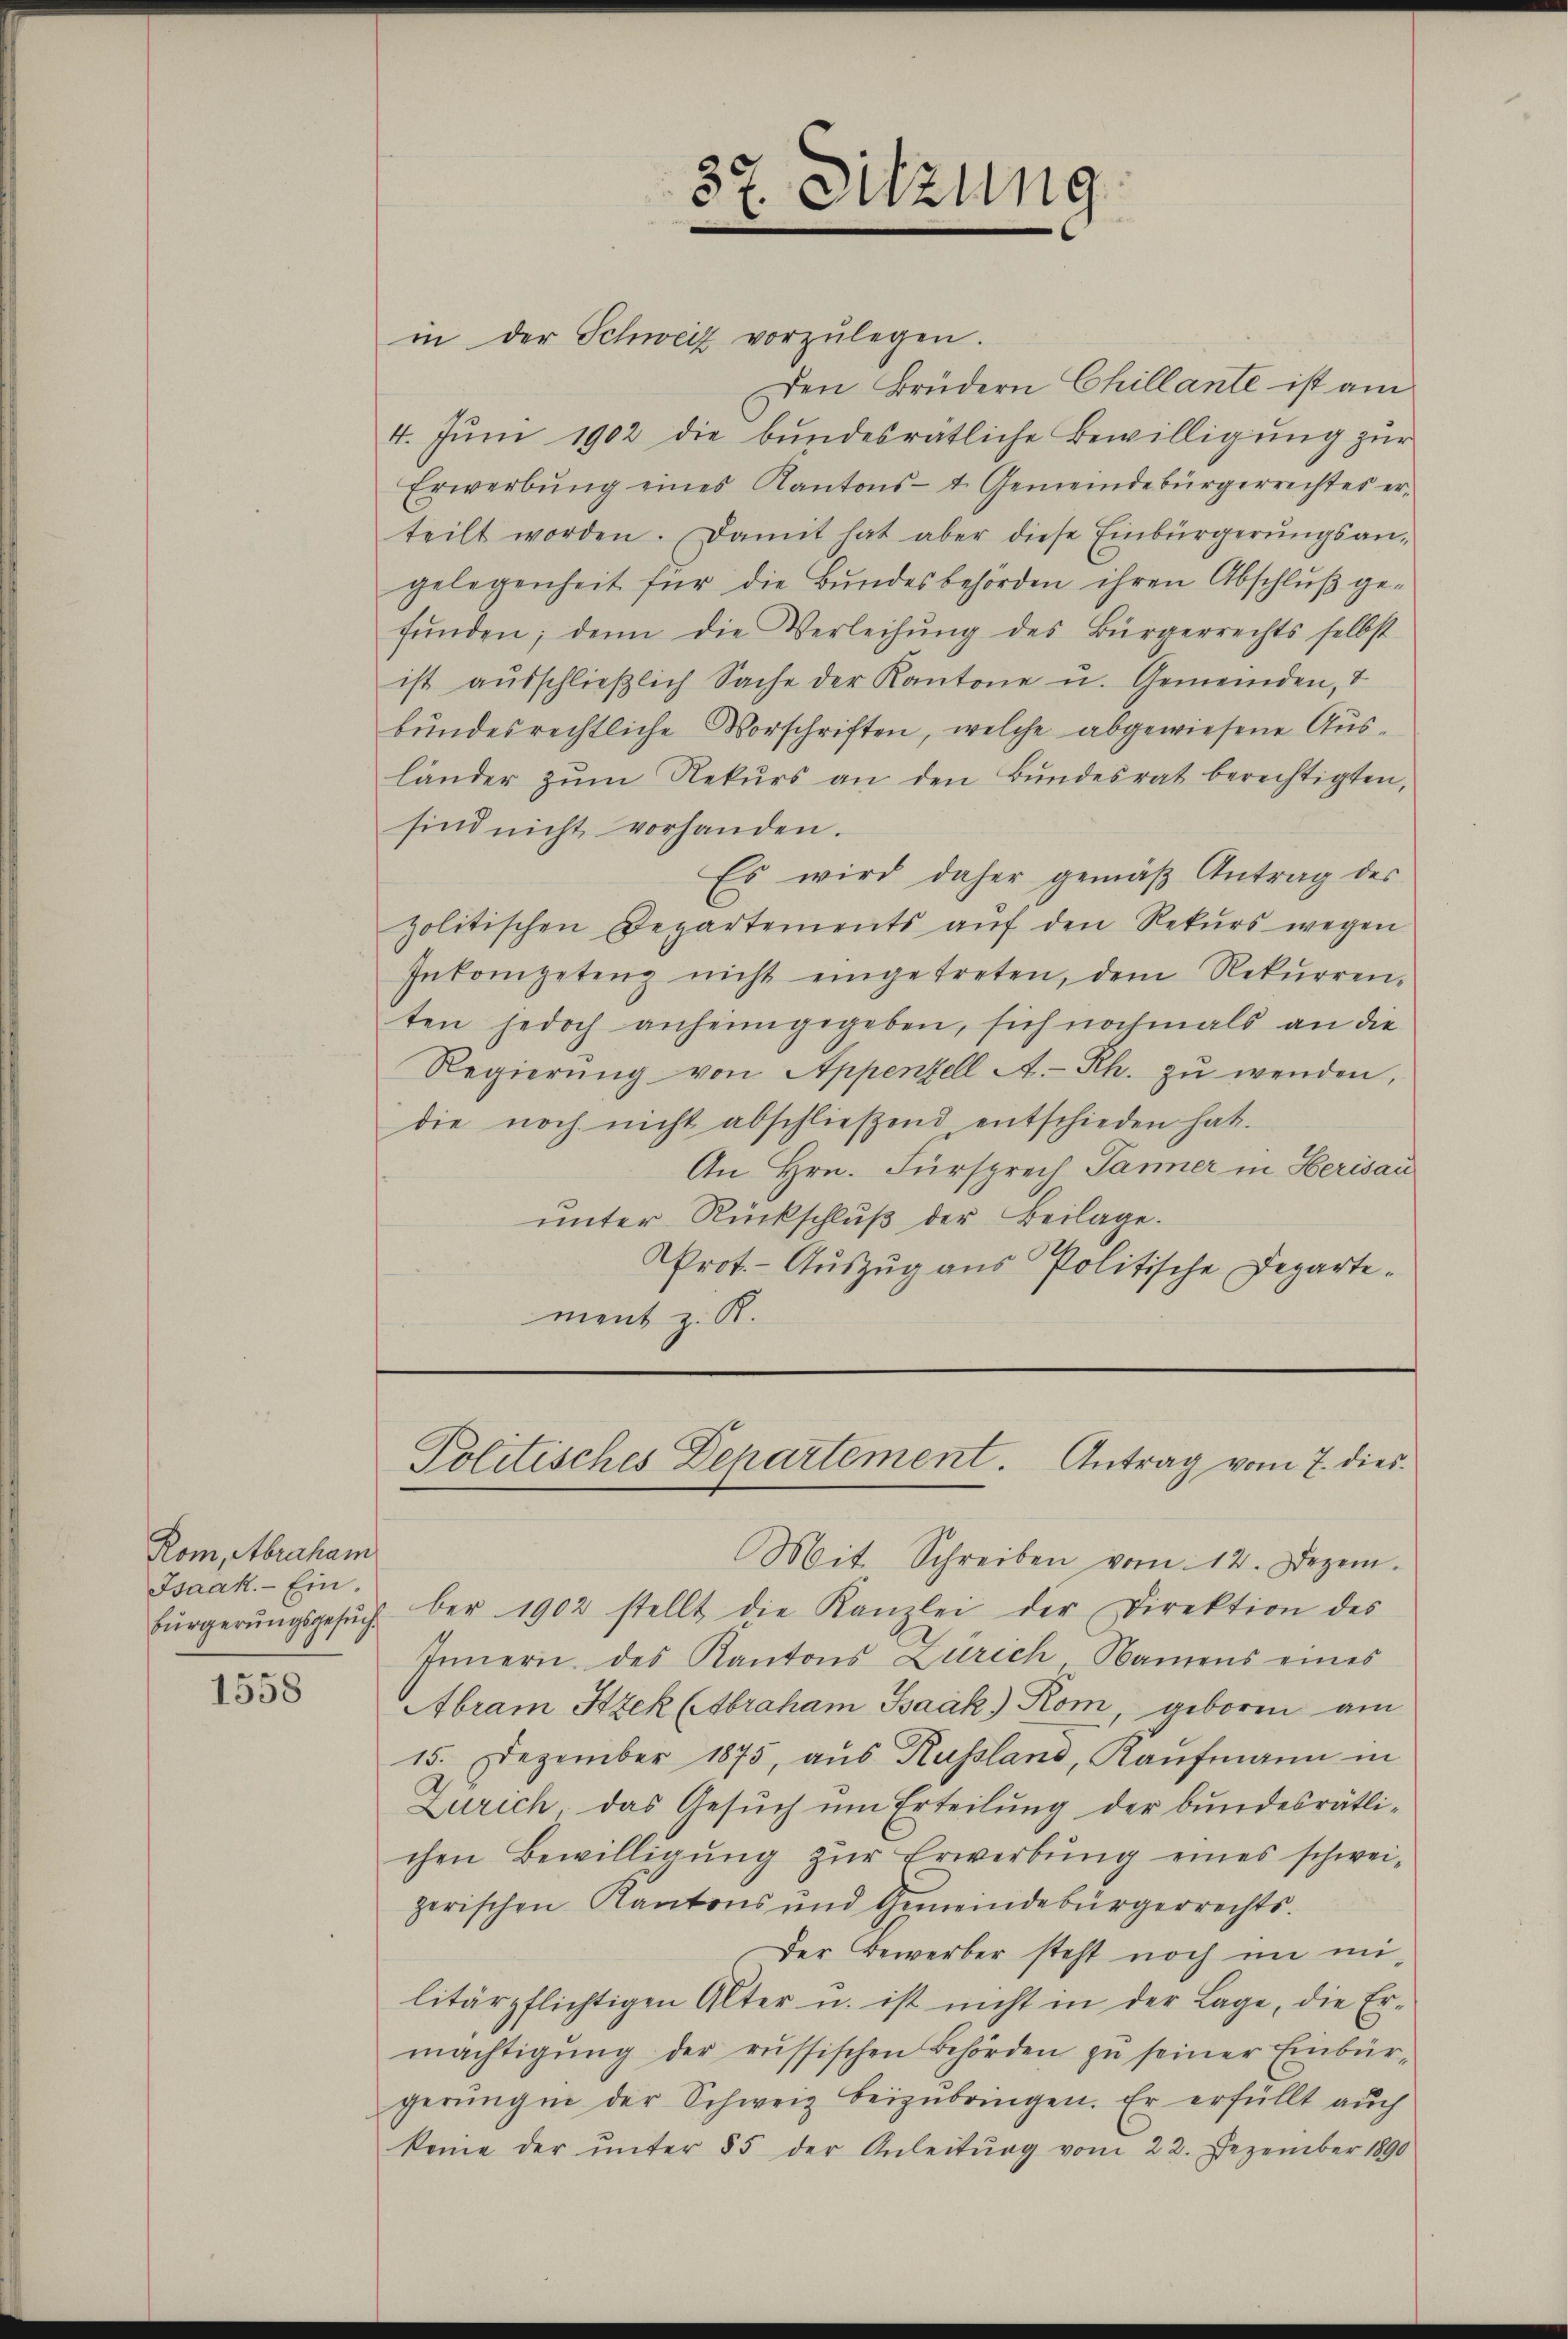
Rom, Abraham
Isaak. - Ein¬

1558

37. Sitzung

in der Schweiz vorzulegen.
Den Brüdern Chillante ist am
4. Juni 1902 die bundesrätliche Bewilligung zur
Erwerbŭng eines Kantons- t. Gemeindebürgerrechtes er-
teilt worden. Damit hat aber diese Einbürgerungsangelegenheit für die Bundesbehörden ihren Abschluß gefŭnden; denn die Verleihung des Bürgerrechts selbst
ist ausschließlich Sache der Kantone u. Gemeinden, d
bundesrechtliche Vorschriften, welche abgewiesene Ausländer zŭm Rekŭrs an den Bŭndesrat berechtigten,
sind nicht vorhanden.
Es wird daher gemäβ Antrag des
politischen Departements aŭf den Rekurs wegen
Inkompeten nicht eingetreten, dem Rekŭrren-
ten jedoch anheimgegeben, sich nochmals an die
Regierŭng von Appenzell A.-Rh. zŭ wenden,
die noch nicht abschlieβend entschieden hat.
An Hrn. Fürsprech Panner in Herisau
unter Rückschluß der Beilage.
Prot. - Auszug aus Politische Departement z. R.

Mit Schreiben vom 12. Dezem.
bürgerŭngsgesŭchber 1902 stellt die Kanzlei der Direktion des
Innern des Kantons Zürich, Namens eines
Abram Itzek (Abraham Baák) Rom, geboren am
15. Dezember 1875, aus Kussland, Kaufmann in
Zürich, das Gesŭch ŭm Erteilung der bundesrätli-
chen Bewilligŭng zŭr Erwerbŭng eines schwei-
zerischen Kantons und Gemeindebürgerrechts-
Der Bewerber steht noch im militärpflichtigen Alter u. ist nicht in der Lage, die Er-
mächtigŭng der russischen Behörden zu seiner Einbürgerŭngen der Schweiz beizŭbringen. Er erfüllt aŭch
keine der ŭnter 55 der Anleitŭng vom 22. Dezember 1890

Politisches Departement. Antrag vom 7. dies